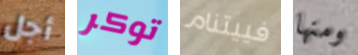
أجل توكر فييتنام ومنها